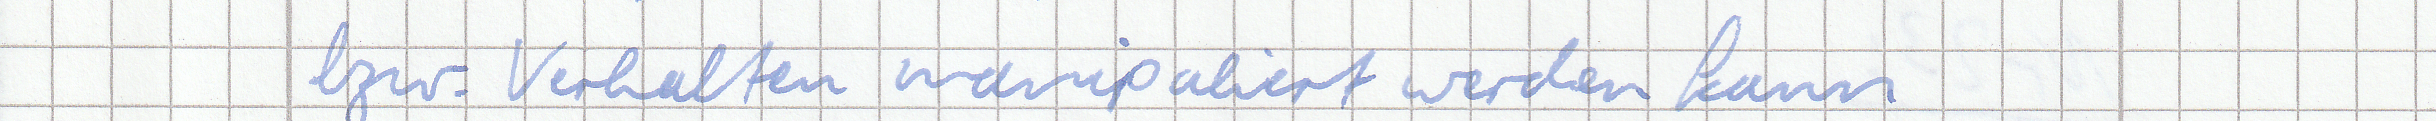
bzw. Verhalten manipuliert werden kann